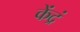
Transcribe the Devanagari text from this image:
केंद्रं